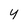
Character: y